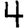
Digit: 4